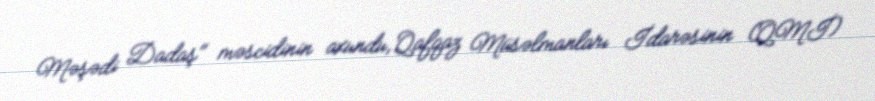
Məşədi Dadaş" məscidinin axundu, Qafqaz Müsəlmanları İdarəsinin (QMİ)